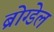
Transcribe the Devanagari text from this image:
ब्रोग्डेल